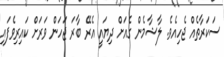
ސަކަރާތެއް ޖެހިއެވެ. ލާޝާމެން ގެއަށް ދިޔައީ އެރޭ ބާރަ ޖަހަން ވަރަށް ކައިރިވެފައި